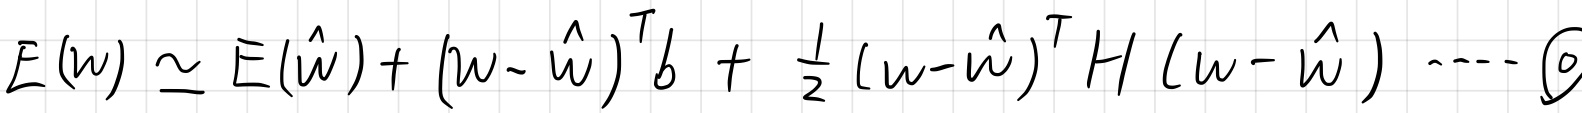
$E(w) \simeq E(\hat{w}) + (w - \hat{w})^T b + \frac{1}{2}(w - \hat{w})^T H (w - \hat{w}) \cdots \textcircled{0}$